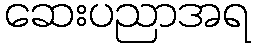
ဆေးပညာအရ